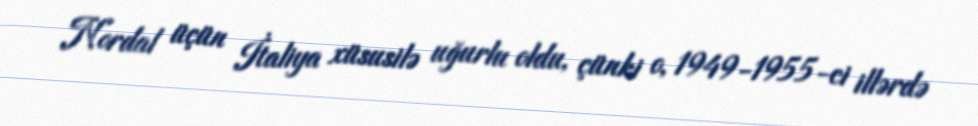
Nordal üçün İtaliya xüsusilə uğurlu oldu, çünki o, 1949-1955-ci illərdə